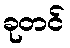
ခုတင်